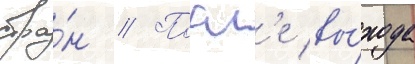
стра́н // Посл'е вы́хода